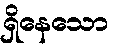
ရှိနေသော